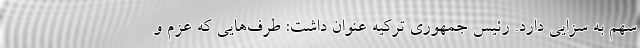
سهم به سزایی دارد. رئیس جمهوری ترکیه عنوان داشت: طرف‌هایی که عزم و